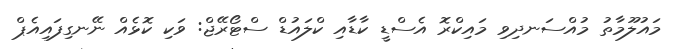
މައުލޫމާތު މުއްސަނދިވި މައިކްރޮ އެސްޑީ ކާޑާއި ކްލައުޑް ސްޓޯރޭޖް: ވަކި ކޮޅެއް ނޭނގިފައިއެޕް